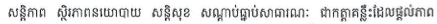
សន្តិភាព ស្ថិរភាពនយោបាយ សន្តិសុខ សណ្តាប់ធ្នាប់សាធារណៈ ជាកត្តាគន្លឺះដែលផ្តល់ភាព